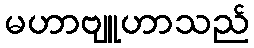
မဟာဗျူဟာသည်